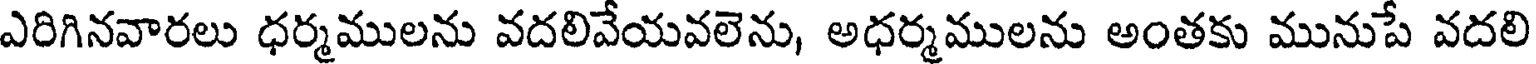
ఎరిగినవారలు ధర్మములను వదలివేయవలెను, అధర్మములను అంతకు మునుపే వదలి